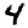
Digit: 4